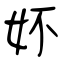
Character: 妚